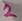
Text: 2